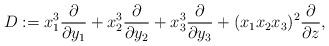
LaTeX: \begin{align*}D:=x_1^{3}\frac{\partial}{\partial y_1}+ x_2^{3}\frac{\partial}{\partial y_2}+ x_3^{3}\frac{\partial}{\partial y_3}+ (x_1x_2x_3)^{2}\frac{\partial}{\partial z},\end{align*}